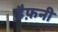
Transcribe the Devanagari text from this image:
डैफ़नी